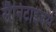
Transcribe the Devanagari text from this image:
सैनिटाइजर्स